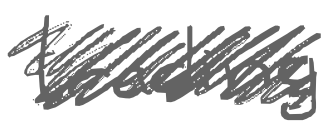
Text: trading
Cross-out: scratch
Writing tool: digital_gray